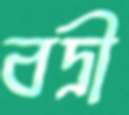
বদ্রী